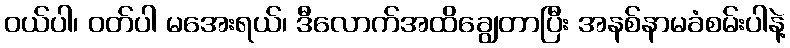
ဝယ်ပါ၊ ဝတ်ပါ မအေးရယ်၊ ဒီလောက်အထိချွေတာပြီး အနစ်နာမခံစမ်းပါနဲ့